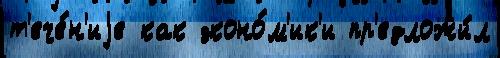
т'ече́н'иjе как эконо́м'ик'и пр'едложи́л